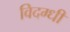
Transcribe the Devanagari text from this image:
विदग्धी